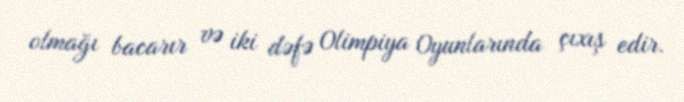
olmağı bacarır və iki dəfə Olimpiya Oyunlarında çıxış edir.